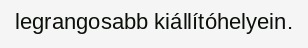
legrangosabb kiállítóhelyein.